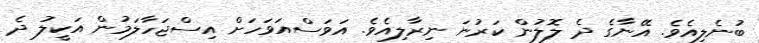
ބުނެލިއެވެ. އޭނާގެ ދެ ލޮލުން ކަރުނަ ނިރާލިއެވެ. އަވަސްއަވަހަށް އިސްޖަހާލަމުން އަކީލު ދެ